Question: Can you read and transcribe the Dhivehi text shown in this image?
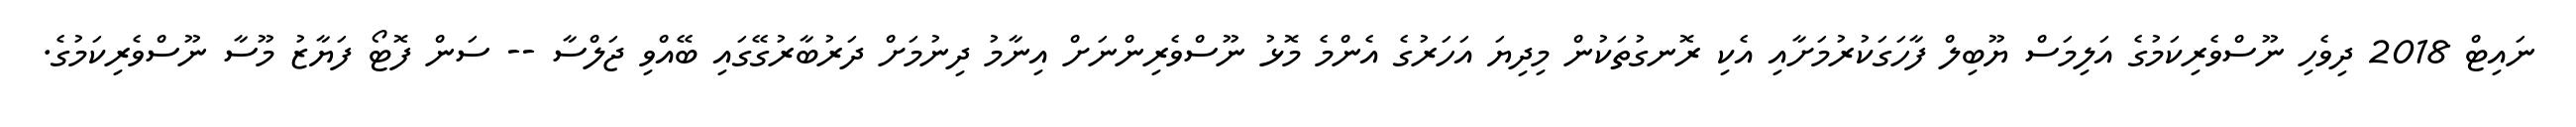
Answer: ނައިޓް 2018 ދިވެހި ނޫސްވެރިކަމުގެ އަލިމަސް ޔޫބިލް ފާހަގަކުރުމަށާއި އެކި ރޮނގުތަކުން މިދިޔަ އަހަރުގެ އެންމެ މޮޅު ނޫސްވެރިންނަށް އިނާމު ދިނުމަށް ދަރުބާރުގޭގައި ބޭއްވި ޖަލްސާ -- ސަން ފޮޓޯ ފަޔާޒު މޫސާ ނޫސްވެރިކަމުގެ.